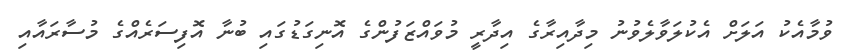
ވުމާއެކު އަލަށް އެކުލަވާލެވުނު މިދާއިރާގެ އިދާރީ މުވައްޒަފުންގެ އޮނިގަޑުގައި ބުނާ އޮފިސަރެއްގެ މުސާރައާއި